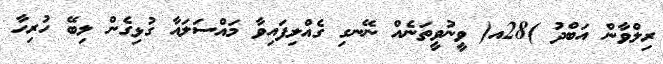
ރިލްވާން އަބްދު )28އ( ވީނުވީތަނެއް ނޭނގި ގެއްލިފައިވާ މައްސަލައާ ގުޅިގެން ލިބޭ ހުރިހާ